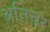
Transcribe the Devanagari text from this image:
अतिचर